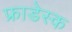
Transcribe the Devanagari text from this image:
फ्राडेस्क